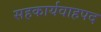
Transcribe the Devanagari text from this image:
सहकार्यवाहपद